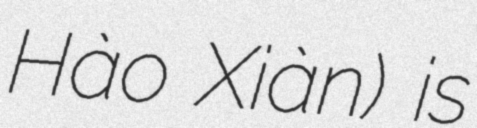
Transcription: Hào Xiàn) is